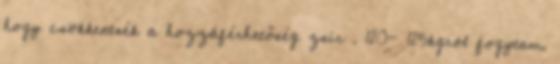
hogy csökkentsék a hozzáférhetőség zsír . 120- 125kgról fogytam.